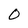
Character: 0